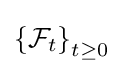
\left\{{\mathcal {F}}_{t}\right\}_{t\geq 0}